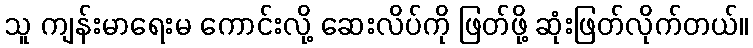
သူ ကျန်းမာရေးမ ကောင်းလို့ ဆေးလိပ်ကို ဖြတ်ဖို့ ဆုံးဖြတ်လိုက်တယ်။